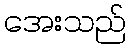
အေးသည်